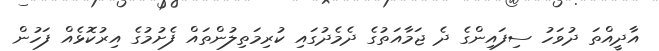
އާދީއްތަ ދުވަހު ސިފައިންގެ ދެ ޖަމާއަތުގެ ދެމެދުގައި ކުރިމަތިލުންތައް ފެށުމުގެ އިރުކޮޅެއް ފަހުން